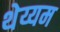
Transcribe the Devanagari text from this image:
थेय्यम